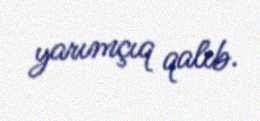
yarımçıq qalıb.